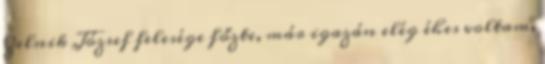
Zelnik József felesége főzte, már igazán elég éhes voltam,